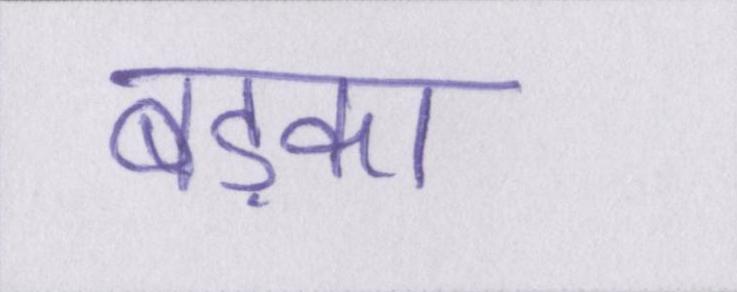
बड़का